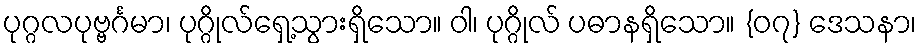
ပုဂ္ဂလပုဗ္ဗင်္ဂမာ၊ ပုဂ္ဂိုလ်ရှေ့သွားရှိသော။ ဝါ၊ ပုဂ္ဂိုလ် ပဓာနရှိသော။ {၀၇} ဒေသနာ၊